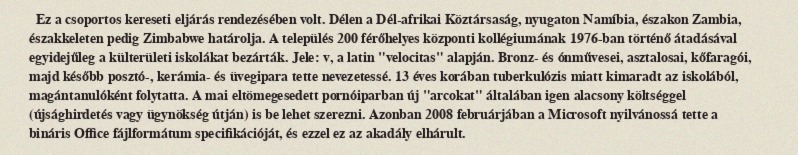
Ez a csoportos kereseti eljárás rendezésében volt. Délen a Dél-afrikai Köztársaság, nyugaton Namíbia, északon Zambia, északkeleten pedig Zimbabwe határolja. A település 200 férőhelyes központi kollégiumának 1976-ban történő átadásával egyidejűleg a külterületi iskolákat bezárták. Jele: v, a latin "velocitas" alapján. Bronz- és ónművesei, asztalosai, kőfaragói, majd később posztó-, kerámia- és üvegipara tette nevezetessé. 13 éves korában tuberkulózis miatt kimaradt az iskolából, magántanulóként folytatta. A mai eltömegesedett pornóiparban új "arcokat" általában igen alacsony költséggel (újsághirdetés vagy ügynökség útján) is be lehet szerezni. Azonban 2008 februárjában a Microsoft nyilvánossá tette a bináris Office fájlformátum specifikációját, és ezzel ez az akadály elhárult.